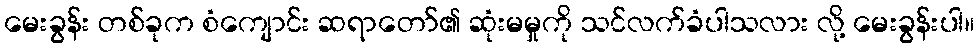
မေးခွန်း တစ်ခုက စံကျောင်း ဆရာတော်၏ ဆုံးမမှုကို သင်လက်ခံပါသလား လို့ မေးခွန်းပါ။